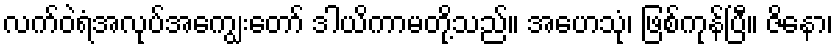
လက်ဝဲရံအလုပ်အကျွေးတော် ဒါယိကာမတို့သည်။ အဟေသုံ၊ ဖြစ်ကုန်ပြီ။ ဇိနော၊